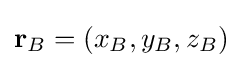
\mathbf {r} _{B}=\left(x_{B},y_{B},z_{B}\right)